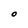
Character: O